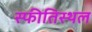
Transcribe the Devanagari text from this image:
स्फीतिस्थल